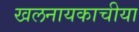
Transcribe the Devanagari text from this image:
खलनायकाचीया